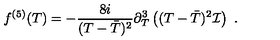
f ^ { ( 5 ) } ( T ) = - \frac { 8 i } { ( T - \bar { T } ) ^ { 2 } } \partial _ { T } ^ { 3 } \left( ( T - \bar { T } ) ^ { 2 } { \cal I } \right) \ .